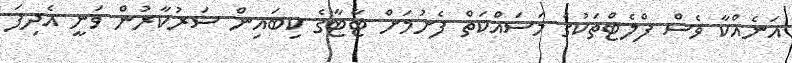
އަނެއްކާ ވެސް ފްލެޓްތަކުގެ މަސައްކަތް ފެށުމަށް ޓާޓާގެ ކިބައިން ސަރުކާރުން ވަނީ އެދިފަ